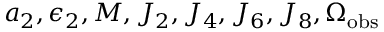
a _ { 2 } , \epsilon _ { 2 } , M , J _ { 2 } , J _ { 4 } , J _ { 6 } , J _ { 8 } , \Omega _ { \mathrm { o b s } }